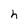
Character: h